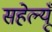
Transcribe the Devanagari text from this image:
सहेल्यूँ